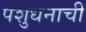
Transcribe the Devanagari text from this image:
पशुधनाची